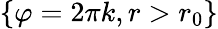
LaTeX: \{ \varphi=2\pi k,r>r_{0}\}